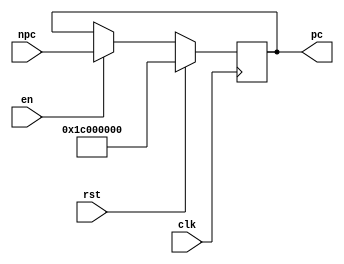

//////////////////////////////////////////////////////////////////////////////////
// Company: 
// Engineer: 
// 
// Design Name: 
// Module Name: PC
// Project Name: 
// Target Devices: 
// Tool Versions: 
// Description: 
// 
// Dependencies: 
// 
// Revision:
// Revision 0.01 - File Created
// Additional Comments:
// 
//////////////////////////////////////////////////////////////////////////////////


module PC (
    input                   [ 0 : 0]            clk,
    input                   [ 0 : 0]            rst,
    input                   [ 0 : 0]            en,
    input                   [31 : 0]            npc,

    output      reg         [31 : 0]            pc
);
initial begin
    pc = 32'h1c00_0000;
end
always @(posedge clk) begin
    if (rst)
        pc <= 32'h1c000000; 
    else
        if(en)
            pc <= npc; 
        else
            pc <= pc;
end

endmodule